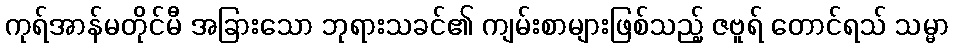
ကုရ်အာန်မတိုင်မီ အခြားသော ဘုရားသခင်၏ ကျမ်းစာများဖြစ်သည့် ဇဗူရ် တောင်ရသ် သမ္မာ